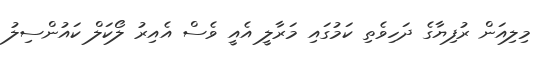
މިލިއަން ރުފިޔާގެ ދަހިވެތި ކަމުގައި މަރާލީ އެއީ ވެސް އެއިރު ލޯކަލް ކައުންސިލު